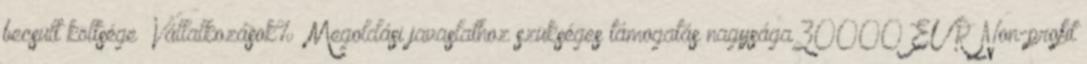
becsült költsége ▪Vállalkozások% ▪Megoldási javaslathoz szükséges támogatás nagysága30000 EUR▪Non-profit